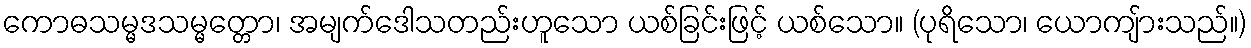
ကောဓသမ္မဒသမ္မတ္တော၊ အမျက်ဒေါသတည်းဟူသော ယစ်ခြင်းဖြင့် ယစ်သော။ (ပုရိသော၊ ယောကျ်ားသည်။)